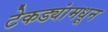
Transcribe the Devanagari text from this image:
टेकड्यांमधून